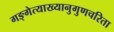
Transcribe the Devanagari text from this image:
गङ्गेत्याख्यानुगुणचरिता